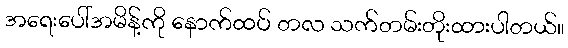
အရေးပေါ်အမိန့်ကို နောက်ထပ် တလ သက်တမ်းတိုးထားပါတယ်။